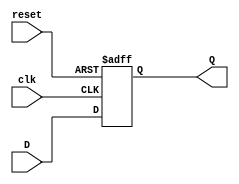
`timescale 1ns / 1ps
//////////////////////////////////////////////////////////////////////////////////
// Company: 
// Engineer: 
// 
// Design Name: 
// Module Name: dff_asy
// Project Name: 
// Target Devices: 
// Tool Versions: 
// Description: 
// 
// Dependencies: 
// 
// Revision:
// Revision 0.01 - File Created
// Additional Comments:
// 
//////////////////////////////////////////////////////////////////////////////////


module dff_asy(
    input D, clk, reset,
    output reg Q
    );
    always @(posedge clk or negedge reset)
    if(!reset)
        Q <= 0;
        else
        Q <= D;
    
endmodule